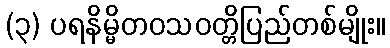
(၃) ပရနိမ္မိတဝသဝတ္တိပြည်တစ်မျိုး။